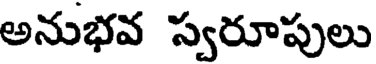
అనుభవ స్వరూపులు